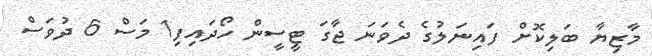
މާޒިޔާ ބަލިކޮށް ފައިނަލުގެ ދެވަނަ ޖާގަ ޓީސީން ހޯދައިފި1 މަސް 6 ދުވަސް